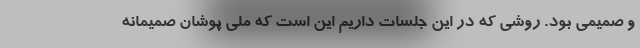
و صمیمی بود. روشی که در این جلسات داریم این است که ملی پوشان صمیمانه